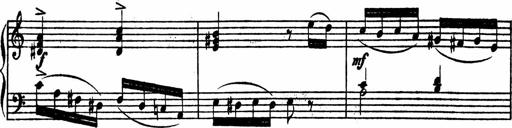
Title: Piano Sonata
Composer: Karl HÃ¤ssler
Key: C major